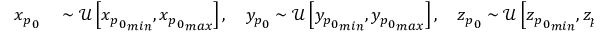
\begin{array} { r l } { { x _ { p } } _ { 0 } } & { { } \sim \mathcal { U } \left[ { { x _ { p } } _ { 0 } } _ { m i n } , { { x _ { p } } _ { 0 } } _ { m a x } \right] , \ \ \ { y _ { p } } _ { 0 } \sim \mathcal { U } \left[ { { y _ { p } } _ { 0 } } _ { m i n } , { { y _ { p } } _ { 0 } } _ { m a x } \right] , \ \ \ { z _ { p } } _ { 0 } \sim \mathcal { U } \left[ { { z _ { p } } _ { 0 } } _ { m i n } , { { z _ { p } } _ { 0 } } _ { m a x } \right] . } \end{array}